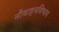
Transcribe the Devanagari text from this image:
नौवाहनविभाग